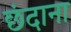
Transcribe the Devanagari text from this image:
छंदाना